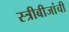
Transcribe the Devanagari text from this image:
स्त्रीबीजांची